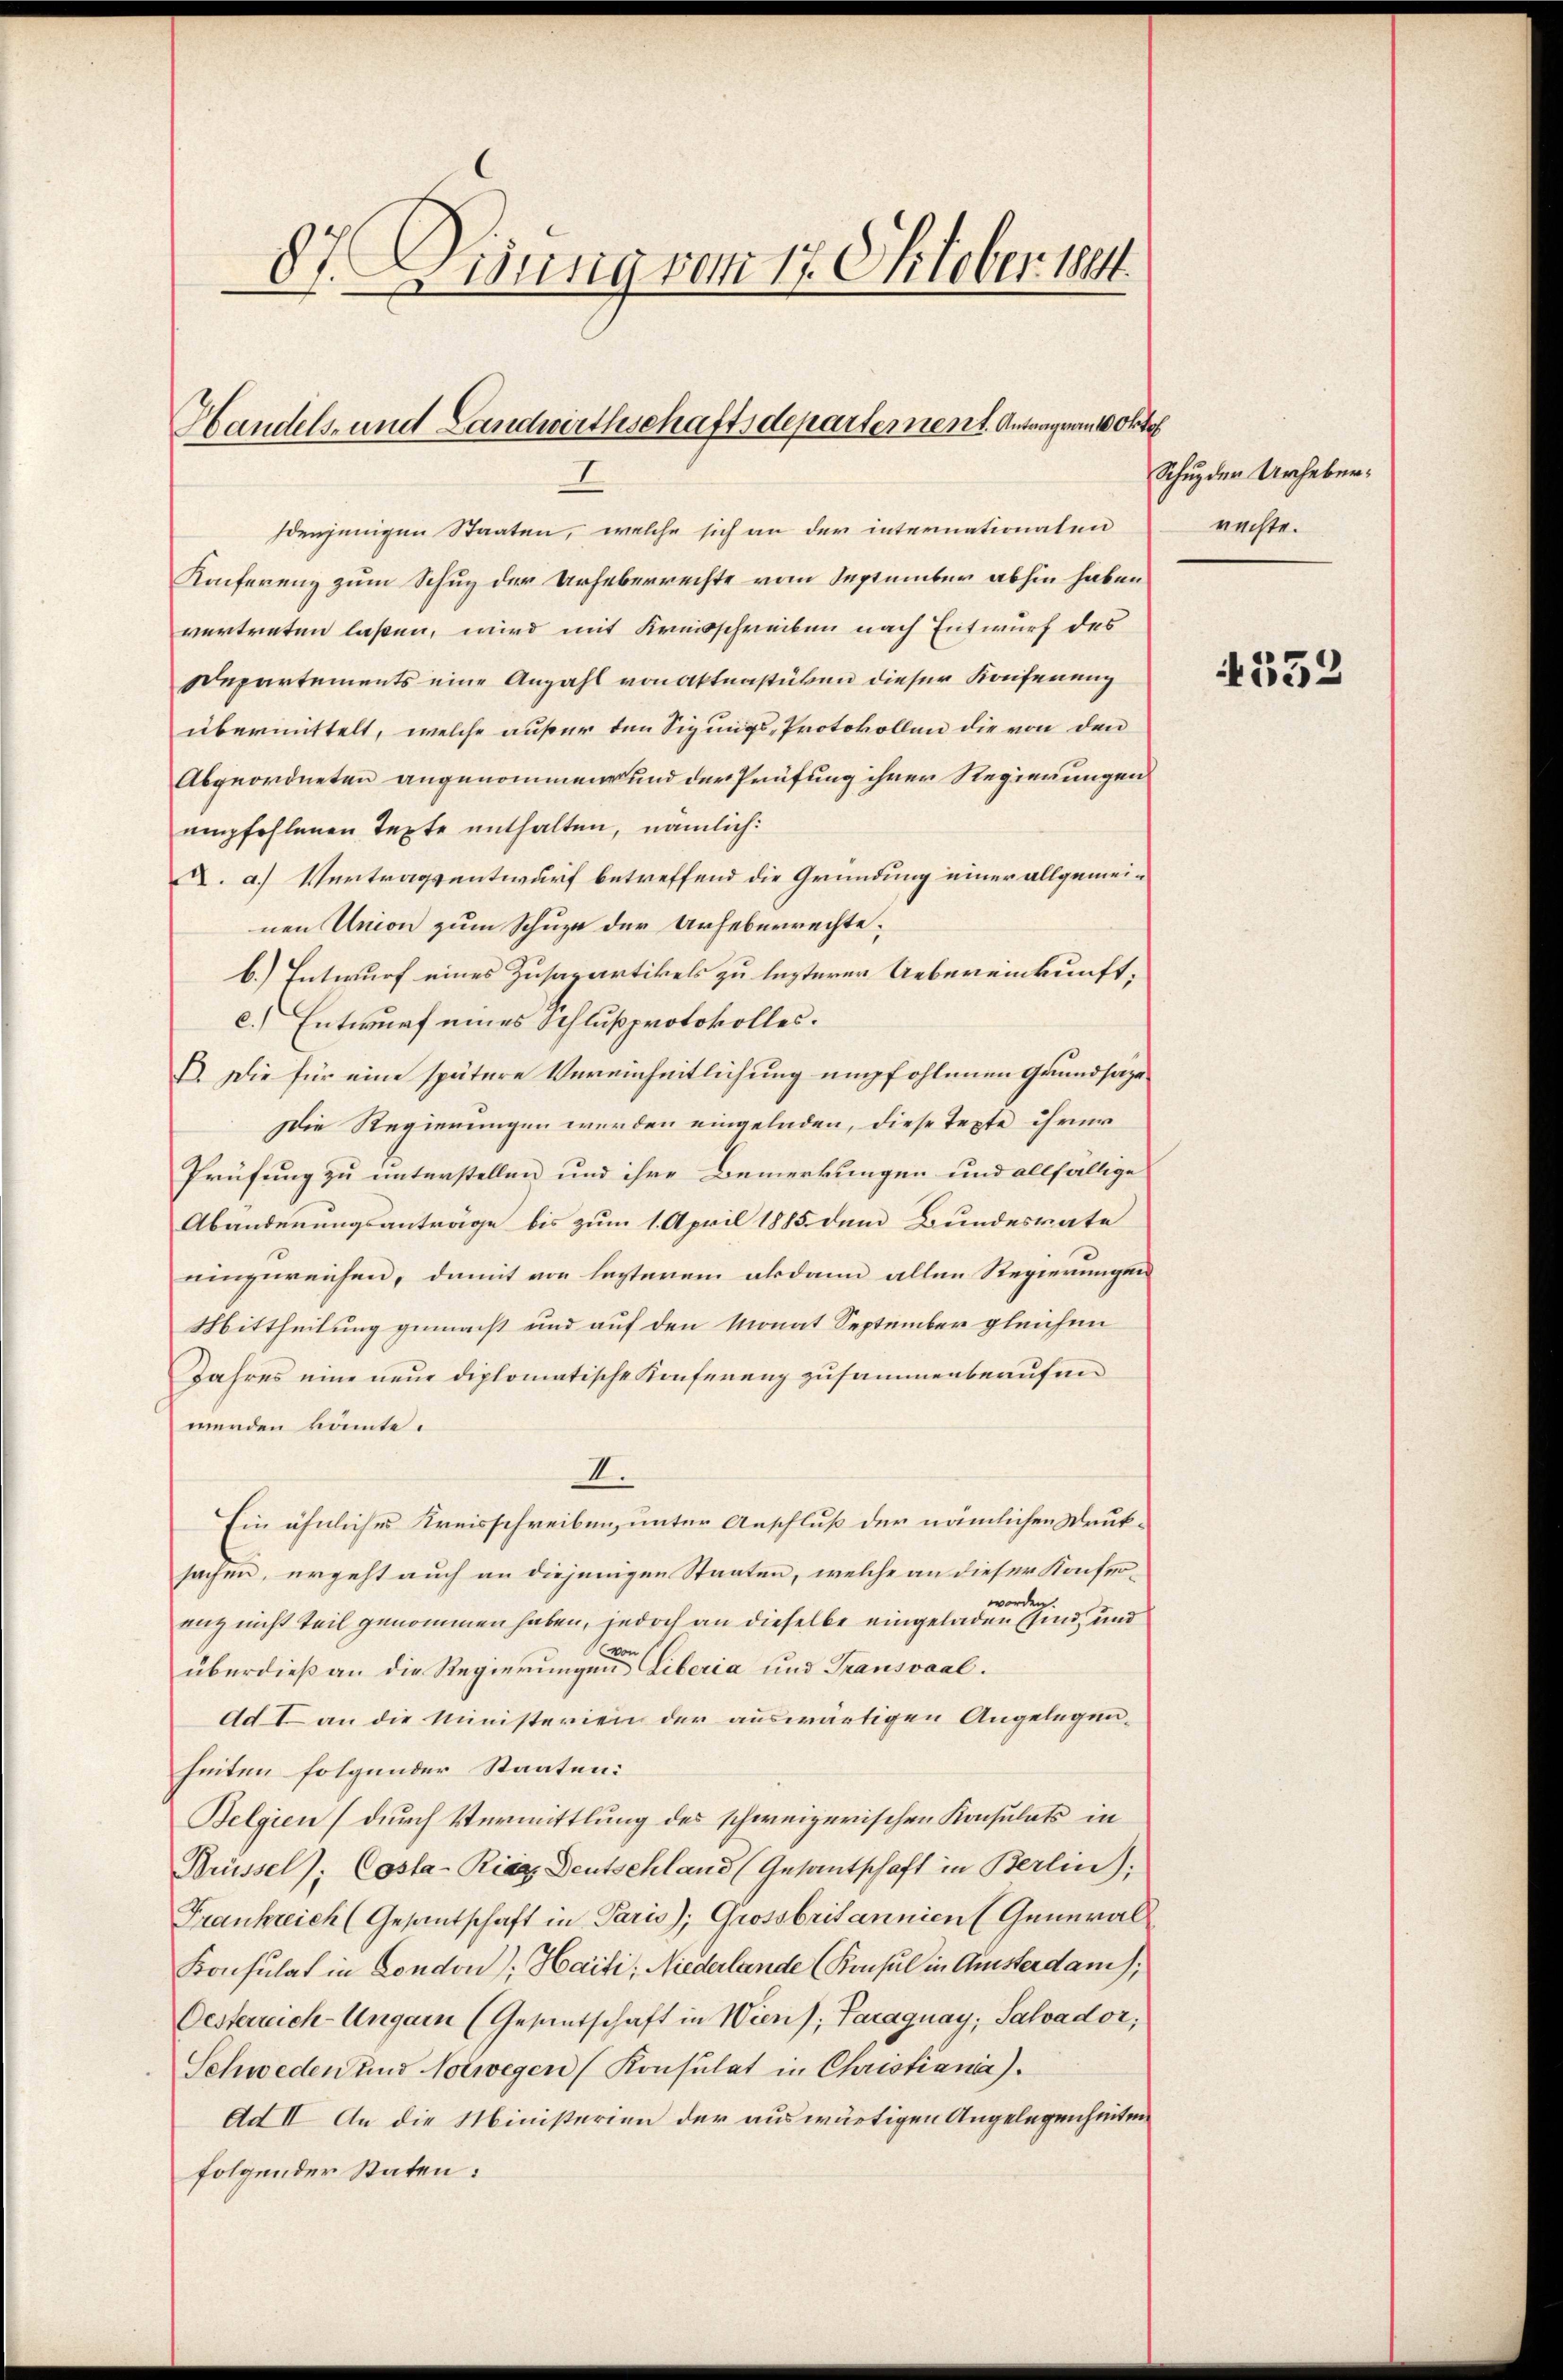
87. Weisung vom 17. Oktober 1884

Handels- und Landwirthschaftsdepartement. Antragrant
I

denjenigen Staaten, welche sich an der internationaten
Konferenz zum Schup der Urheberrechte vom September abhin haben
vertreten laßen, wird mit Kreisschreiben nach Entwurf des
Departements eine Anzahl von Aktenstücken dieser Kaisenung
übermittelt, welche außer den Sigungs-Protokollen die von den
Abgeordneten angenommen und der Prüfung ihrer Regierungen
empfohlenen Texte enthalten, nämlich:
A. a.) Vertragsentwurf betreffend die Gründung einer allgemeinen Union zum Schuze der Urheberrechte:
b.) Entwurf eines Zusapartikels zu lezterer Uebereinkunft,
c.) Entwurf eines Schlußprotokolles.
E. Die für eine spätere Vereinheitlichung empfohlenen Grundsage
Die Regierungen werden eingeladen, diese Texte ihrer
Prüfung zu unterstellen und ihre Bemerkungen und allfällige
Abanderungsanträge bis zum 1. April 1885 dem Bundesrate
einzureichen, damit von lezterem akdann allen Regierungen
Mittheilung gemacht und auf den Monat September gleichen
Jahres eine neue diplomatische Konferenz zusammenberufen
werden könnte.
II.
Ein ähnliches Kreisschreiben, unter Anschluß der nämlichen Neuksachen, ergeht auch an diejenigen Staaten, welche an dieser Konfer-
worden.
anz nicht teil genommen haben, jedoch an dieselbe eingeladen sind, und
überdieß an die Regierungen des Liberia und Transvaal¬
Ad I an die Ministerien der auswärtigen Angelegenheiten folgender Staaten:
Belgien (durch Vermittlung des schweizerischen Konsulats in
Brüssel); Costa-Riag Deutschland (Gesantschaft in Berlin);
Frankreich (Gesandschaft in Paris); Grossbritannien (General
Konsulat in London, Haiti; Niederlande (Konsul in Amsterdam);
Oesterreich-Ungarn (Gesandschaft in Wiens; Paraguay, Salvador;
Schweden und Norwegen (Konsulat in Christiania).
Ad II. An die Ministerien der auswärtigen Angelegenheiten
folgender Staten:

Chrth

Schuz der Urheberrechte.

4552